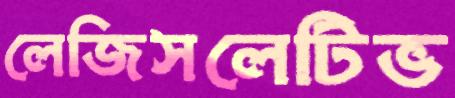
লেজিসলেটিভ